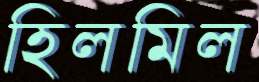
হিলমিল